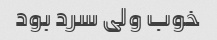
خوب ولی سرد بود